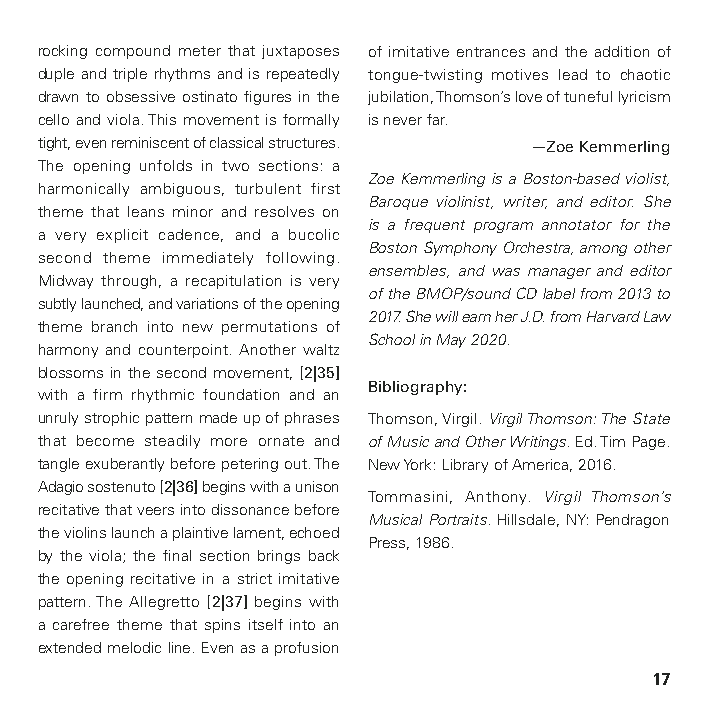
rocking compound meter that juxtaposes of imitative entrances and the addition of
 duple and triple rhythms and is repeatedly tongue-twisting motives lead to chaotic
 drawn to obsessive ostinato figures in the jubilation, Thomson’s love of tuneful lyricism
 cello and viola. This movement is formally is never far.
 tight, even reminiscent of classical structures. —Zoe Kemmerling
 The opening unfolds in two sections: a
 Zoe Kemmerling is a Boston-based violist,
 harmonically ambiguous, turbulent first
 Baroque violinist, writer, and editor. She
 theme that leans minor and resolves on
 is a frequent program annotator for the
 a very explicit cadence, and a bucolic
 Boston Symphony Orchestra, among other
 second theme immediately following.
 ensembles, and was manager and editor
 Midway through, a recapitulation is very
 of the BMOP/sound CD label from 2013 to
 subtly launched, and variations of the opening
 2017. She will earn her J.D. from Harvard Law
 theme branch into new permutations of
 School in May 2020.
 harmony and counterpoint. Another waltz
 blossoms in the second movement, [2|35]
 Bibliography:
 with a firm rhythmic foundation and an
 unruly strophic pattern made up of phrases Thomson, Virgil. Virgil Thomson: The State
 that become steadily more ornate and of Music and Other Writings. Ed. Tim Page.
 tangle exuberantly before petering out. The New York: Library of America, 2016.
 Adagio sostenuto [2|36] begins with a unison
 Tommasini, Anthony. Virgil Thomson’s
 recitative that veers into dissonance before
 Musical Portraits. Hillsdale, NY: Pendragon
 the violins launch a plaintive lament, echoed
 Press, 1986.
 by the viola; the final section brings back
 the opening recitative in a strict imitative
 pattern. The Allegretto [2|37] begins with
 a carefree theme that spins itself into an
 extended melodic line. Even as a profusion
 17